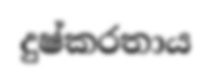
දුෂ්කරතාය